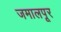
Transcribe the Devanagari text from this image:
जमालपूर